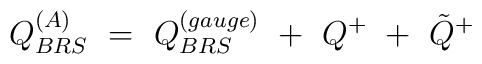
Q^{(A)}_{BRS} ~=~Q^{(gauge)}_{BRS} ~+~Q^{+}~+~{\tilde Q}^{+}